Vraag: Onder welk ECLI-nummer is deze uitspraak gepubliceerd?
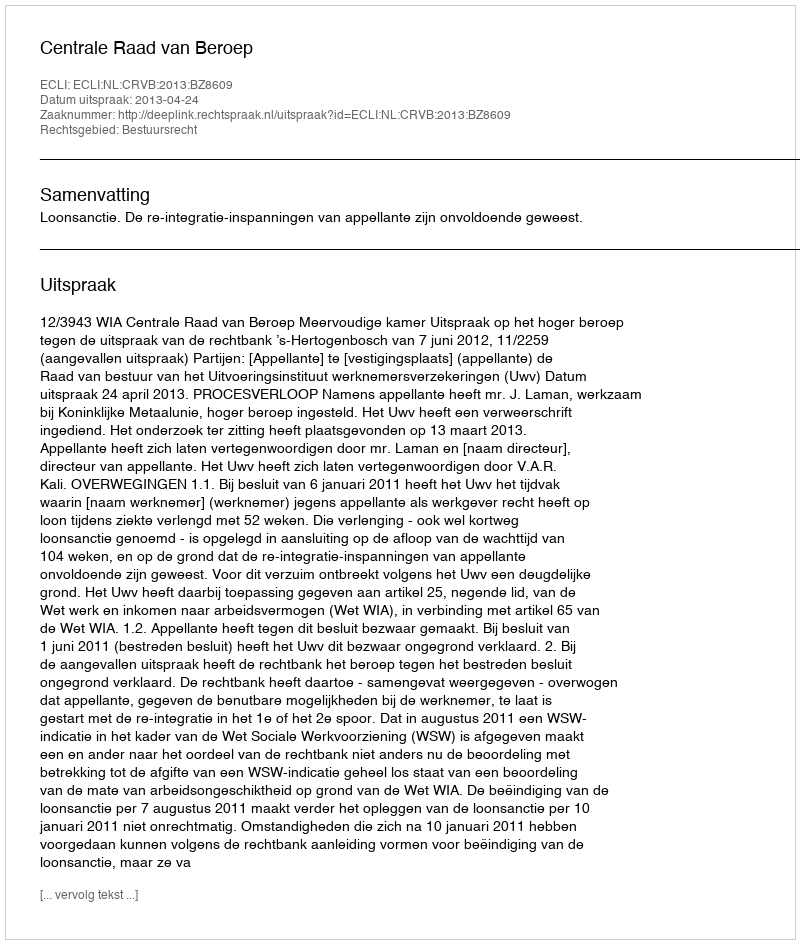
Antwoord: ECLI:NL:CRVB:2013:BZ8609